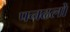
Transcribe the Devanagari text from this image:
पनढलों